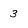
Character: 3